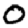
Digit: 0